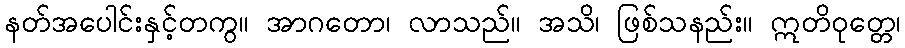
နတ်အပေါင်းနှင့်တကွ။ အာဂတော၊ လာသည်။ အသိ၊ ဖြစ်သနည်း။ ဣတိဝုတ္တေ၊